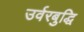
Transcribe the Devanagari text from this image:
उर्वरबुद्धि